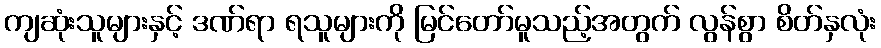
ကျဆုံးသူများနှင့် ဒဏ်ရာ ရသူများကို မြင်တော်မူသည့်အတွက် လွန်စွာ စိတ်နှလုံး